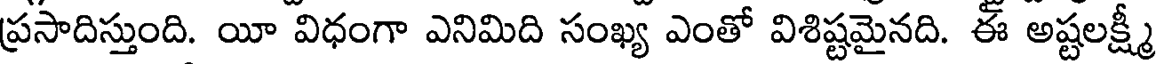
ప్రసాదిస్తుంది. యీ విధంగా ఎనిమిది సంఖ్య ఎంతో విశిష్టమైనది. ఈ అష్టలక్ష్మీ